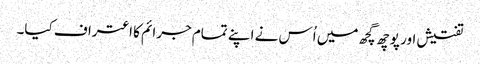
تفتیش اور پوچھ گچھ میں اُس نے اپنے تمام جرائم کا اعتراف کیا۔